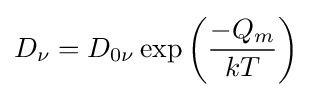
D_{\nu }=D_{0\nu }\exp \left({\frac {-Q_{m}}{kT}}\right)